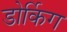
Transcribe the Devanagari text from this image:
डोर्किग